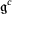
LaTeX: { \mathfrak { g } } ^ { c }